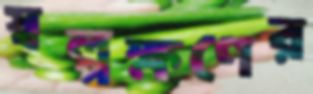
স্বল্পক্ষণের